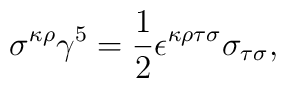
\sigma^{\kappa\rho}\gamma^{5}=\frac{1}{2}\epsilon^{\kappa\rho\tau\sigma}\sigma_{\tau\sigma},